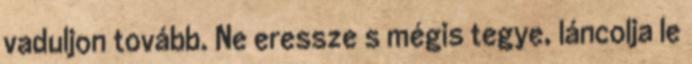
vaduljon tovább. Ne eressze s mégis tegye, láncolja le